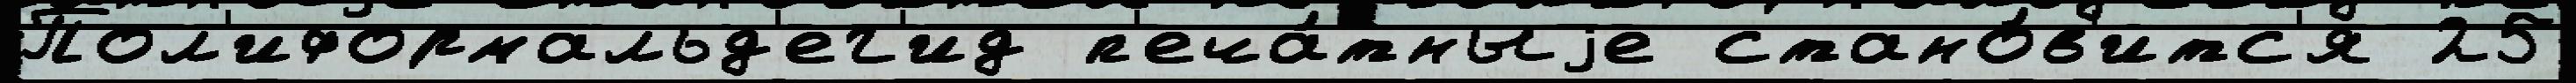
Пол'иформальд'ег'ид п'еча́тныjе стано́в'итс'я 25